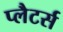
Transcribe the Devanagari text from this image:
प्लैटर्स